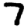
Digit: 7